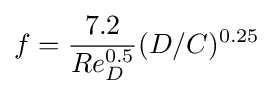
{f={7.2 \over Re_{D}^{0.5}}(D/C)^{0.25}}